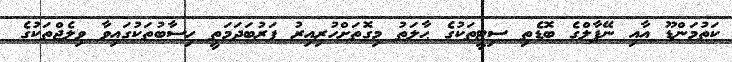
ކަތުމަންޑޫ އާއި ނޭޕާލްގެ ބޮޑެތި ސިޓީތަކުގެ ޙާލަތު މިގޮތަށްހުރިއިރު ފަރުބަދަމަތީ ހިސާބުތަކުގައިވާ ވިލެޖްތަކުގެ